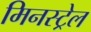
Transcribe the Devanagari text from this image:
मिनस्ट्रेल